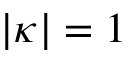
| \kappa | = 1